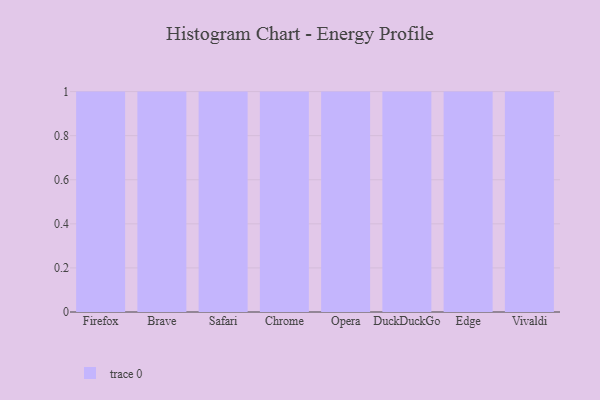
{"axis": {"x": "Browser", "y": "Demand Index"}, "legend": [""], "data": [{"x": "Firefox", "y": 100, "type": ""}, {"x": "Brave", "y": 43, "type": ""}, {"x": "Safari", "y": 51, "type": ""}, {"x": "Chrome", "y": 72, "type": ""}, {"x": "Opera", "y": 56, "type": ""}, {"x": "DuckDuckGo", "y": 17, "type": ""}, {"x": "Edge", "y": 81, "type": ""}, {"x": "Vivaldi", "y": 20, "type": ""}]}